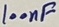
Text: 100nF